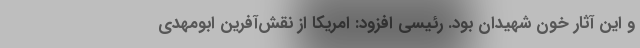
و این آثار خون شهیدان بود. رئیسی افزود: امریکا از نقش‌آفرین ابومهدی